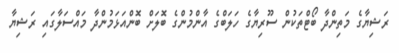
ރަޝިޔާގެ މަތިންދާ ބޯޓްތަކުން ސޫރިޔާގެ ހަލަބްގެ އާންމުންގެ ބޮލަށް ބޮންއަޅަމުންދާ މައްސަލާގައި ރަޝިޔާ